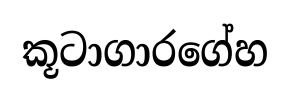
කූටාගාරගේහ